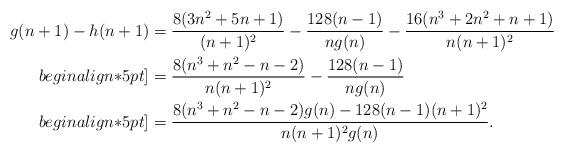
LaTeX: \begin{align*} g(n+1)-h(n+1)&=\frac{8(3n^2+5n+1)}{(n+1)^2}-\frac{128(n-1)}{ng(n)} -\frac{16(n^3+2n^2+n+1)}{n(n+1)^2}\\begin{align*}5pt]&=\frac{8(n^3+n^2-n-2)}{n(n+1)^2}-\frac{128(n-1)}{ng(n)}\\begin{align*}5pt]&=\frac{8(n^3+n^2-n-2)g(n)-128(n-1)(n+1)^2}{n(n+1)^2g(n)}.\end{align*}